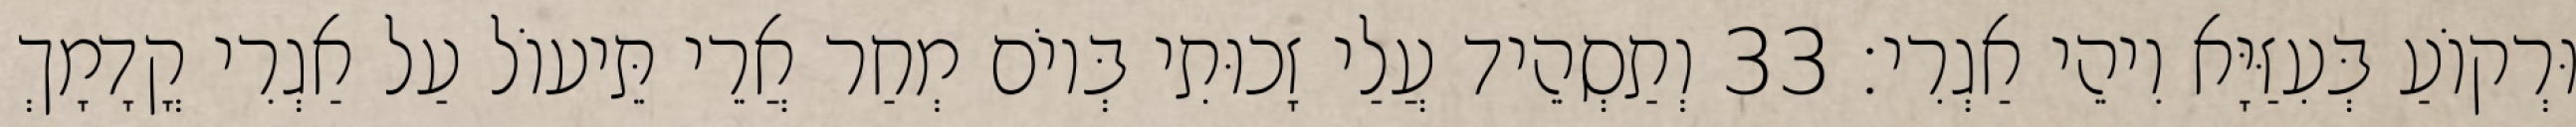
וּרְקוֹעַ בְּעִזַּיָּא וִיהֵי אַגְרִי׃ 33 וְתַסְהֵיד עֲלַי זָכוּתִי בְּיוֹם מְחַר אֲרֵי תֵּיעוֹל עַל אַגְרִי קֳדָמָךְ